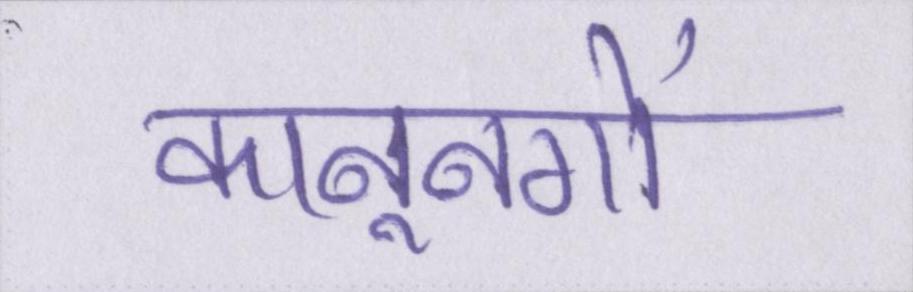
कानूनगो